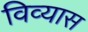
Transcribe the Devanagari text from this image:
विव्यास